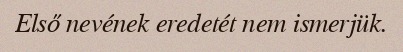
Első nevének eredetét nem ismerjük.